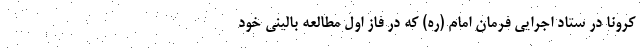
کرونا در ستاد اجرایی فرمان امام (ره) که در فاز اول مطالعه بالینی خود